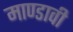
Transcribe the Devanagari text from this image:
माण्डावी